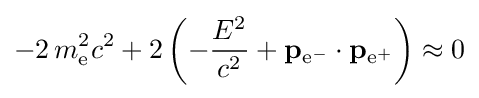
-2\,m_{\text{e}}^{2}c^{2}+2\left(-{\frac {E^{2}}{c^{2}}}+\mathbf {p} _{{\text{e}}^{-}}\cdot \mathbf {p} _{{\text{e}}^{+}}\right)\approx 0